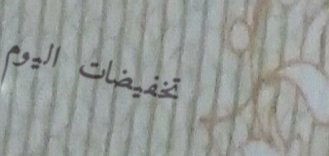
تخفيضات اليوم